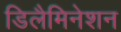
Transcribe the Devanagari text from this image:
डिलैमिनेशन